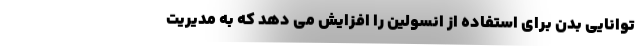
توانایی بدن برای استفاده از انسولین را افزایش می دهد که به مدیریت